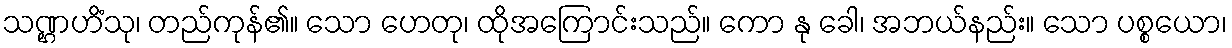
သဏ္ဌဟိံသု၊ တည်ကုန်၏။ သော ဟေတု၊ ထိုအကြောင်းသည်။ ကော နု ခေါ၊ အဘယ်နည်း။ သော ပစ္စယော၊